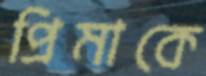
প্রিমাকে